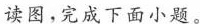
读图，完成下面小题。